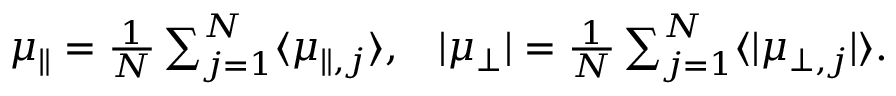
\begin{array} { r } { \mu _ { \parallel } = \frac { 1 } { N } \sum _ { j = 1 } ^ { N } \langle \mu _ { \parallel , j } \rangle , \; \; \; \vert \mu _ { \perp } \vert = \frac { 1 } { N } \sum _ { j = 1 } ^ { N } \langle \vert \mu _ { \perp , j } \vert \rangle . } \end{array}